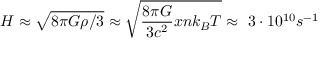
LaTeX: H \approx { \sqrt { 8 \pi G \rho / 3 } } \approx { \sqrt { { \frac { 8 \pi G } { 3 c ^ { 2 } } } x n k _ { B } T } } \approx ~ 3 \cdot 1 0 ^ { 1 0 } s ^ { - 1 }